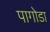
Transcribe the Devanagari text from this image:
पागोडा